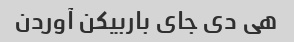
هی دی جای باربیکن آوردن